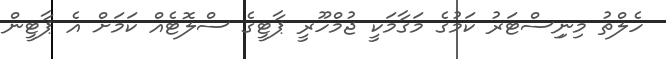
ހެލްތު މިނިިސްޓަރު ކަމުގެ މަގާމަކީ ޖުމްހޫރީ ޕާޓީގެ ސްލޮޓެއް ކަމަށް އެ ޕާޓީން